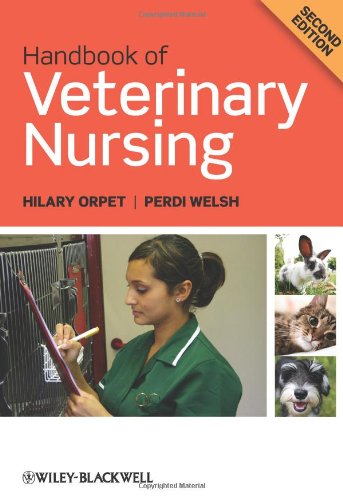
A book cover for Handbook of Veterinary Nursing; Hilary Orpet; Medical Books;